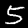
Label: 5